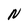
Character: N